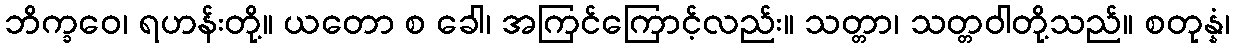
ဘိက္ခဝေ၊ ရဟန်းတို့။ ယတော စ ခေါ၊ အကြင်ကြောင့်လည်း။ သတ္တာ၊ သတ္တဝါတို့သည်။ စတုန္နံ၊